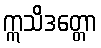
ဣသိဒတ္တော